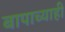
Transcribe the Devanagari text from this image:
बापाच्याही